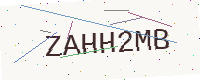
Text: ZAHH2MB